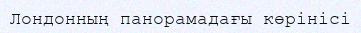
Лондонның панорамадағы көрінісі